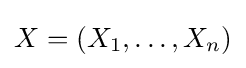
X=(X_{1},\dots ,X_{n})